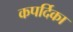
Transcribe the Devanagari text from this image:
कपर्दिका